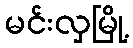
မင်းလှမြို့